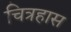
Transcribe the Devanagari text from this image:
चित्रहास